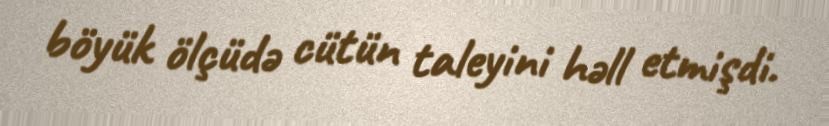
böyük ölçüdə cütün taleyini həll etmişdi.